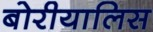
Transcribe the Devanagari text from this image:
बोरीयालिस